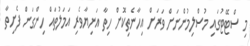
މި ސްޓޭޓުގައި މުސްލިމުންނަށް ވަރަށް އިހާނެތިކޮށް ހިތާ އަނިޔާވެރި އަމަލުތައް ހިންގަން ފެށިތާ